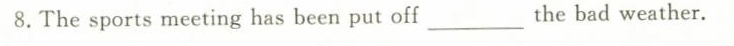
8.The sports meeting has been put off_ the bad weather.